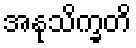
အနုသိက္ခတိ